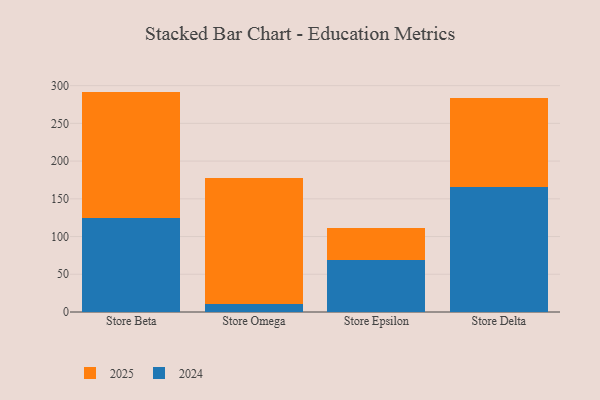
{"axis": {"x": "Store", "y": "Population (Million)"}, "legend": ["2024", "2025"], "data": [{"x": "Store Beta", "y": 167.1, "type": "2025"}, {"x": "Store Beta", "y": 125.0, "type": "2024"}, {"x": "Store Omega", "y": 167.5, "type": "2025"}, {"x": "Store Omega", "y": 10.2, "type": "2024"}, {"x": "Store Epsilon", "y": 42.6, "type": "2025"}, {"x": "Store Epsilon", "y": 69.3, "type": "2024"}, {"x": "Store Delta", "y": 118.0, "type": "2025"}, {"x": "Store Delta", "y": 165.5, "type": "2024"}]}